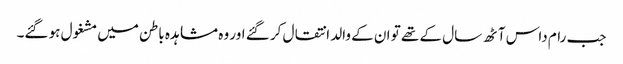
جب رام داس آٹھ سال کے تھے تو ان کے والد انتقال کر گئے اور وہ مشاہدہ باطن میں مشغول ہو گئے۔